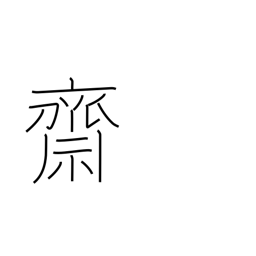
Meaning: religious purification